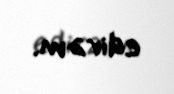
edirəm.